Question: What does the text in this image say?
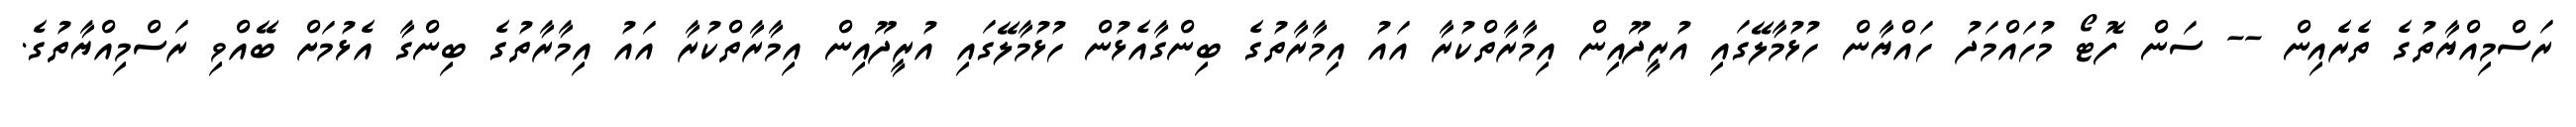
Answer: ރަސްމިއްޔާތުގެ ތެރެއިން -- ސަން ފޮޓޯ މުހައްމަދު ހައްޔާން ހުޅުމާލޭގައި އުރީދޫއިން އިމާރާތްކުރާ އައު އިމާރާތުގެ ބިންގާއެޅުން ހުޅުމާލޭގައި އުރީދޫއިން އިމާރާތްކުރާ އައު އިމާރާތުގެ ބިންގާ އެޅުމަށް ބޭއްވި ރަސްމިއްޔާތުގެ.